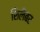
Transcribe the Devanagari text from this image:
शिलैबर